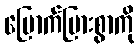
မြောက်မြားစွာကို